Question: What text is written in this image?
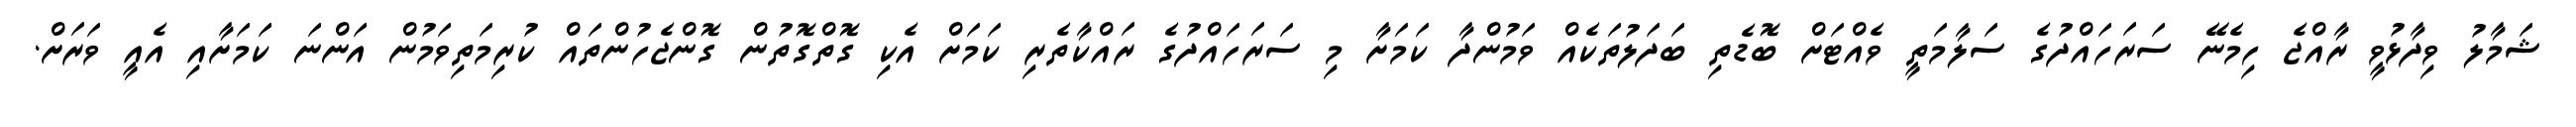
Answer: ޝަމާލު ވިދާޅުވީ ރާއްޖެ ހިމެނޭ ސަރަހައްދުގެ ސަލާމަތީ ވެއްޓަށް ބޮޑެތި ބަދަލުތަކެއް ވަމުންދާ ކަމަށާ މި ސަރަހައްދުގެ ރައްކާތެރި ކަމަށް އެކި ގޮތްގޮތުން ގޮންޖެހުންތައް ކުރިމަތިވަމުން އަންނަ ކަމަށާއި އެއީ ވަރަށް.